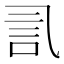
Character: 𰴧